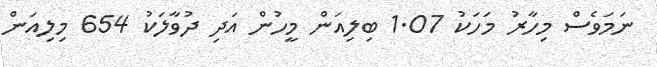
ނަމަވެސް މިހާރު މަހަކު 1.07 ބިލިއަން މީހުން އަދި ދުވާލަކު 654 މިލިއަން